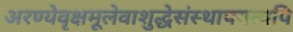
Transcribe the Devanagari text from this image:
अरण्येवृक्षमूलेवाशुद्धेसंस्थापयत्यपि